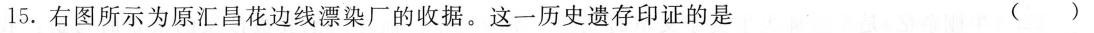
15.右图所示为原汇昌花边线漂染厂的收据。这一历史遗存印证的是 （ ）